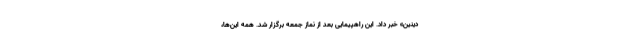
دینین» خبر داد. این راهپیمایی بعد از نماز جمعه برگزار شد. همه این‌ها،